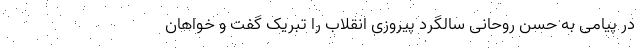
در پیامی به حسن روحانی سالگرد پیروزی انقلاب را تبریک گفت و خواهان